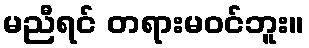
မညီရင် တရားမဝင်ဘူး။